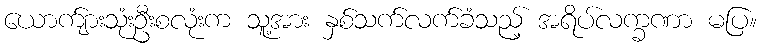
ယောက်ျားသုံးဦးစလုံးက သူ့အား နှစ်သက်လက်ခံသည့် အရိပ်လက္ခဏာ မပြ။